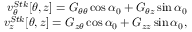
\begin{array} { r } { v _ { \theta } ^ { S t k } [ \theta , z ] = G _ { \theta \theta } \cos \alpha _ { 0 } + G _ { \theta z } \sin \alpha _ { 0 } } \\ { v _ { z } ^ { S t k } [ \theta , z ] = G _ { z \theta } \cos \alpha _ { 0 } + G _ { z z } \sin \alpha _ { 0 } , } \end{array}